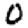
Digit: 0